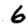
Digit: 6